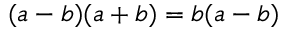
( a - b ) ( a + b ) = b ( a - b )